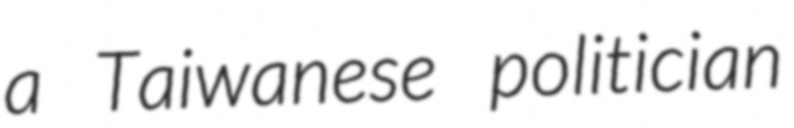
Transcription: a Taiwanese politician